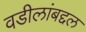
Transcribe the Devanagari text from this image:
वडीलांबद्दल